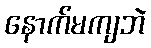
နောက်မကျဘဲ